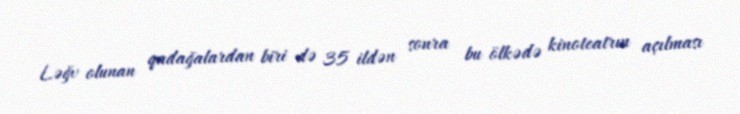
Ləğv olunan qadağalardan biri də 35 ildən sonra bu ölkədə kinoteatrın açılması